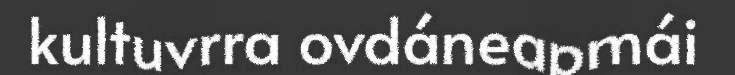
kultuvrra ovdáneapmái